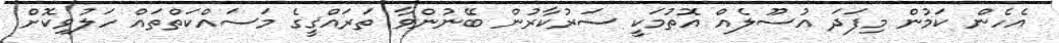
އެހެން ކަމުން މިފަދަ އުސޫލެއް އޮތުމަކީ ސަރުކާރުން ބޭނުންވާ ތަރައްޤީގެ މަސައްކަތްތައް ހަލުވިކޮށް